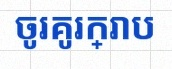
ចូរគូរក្រាប